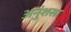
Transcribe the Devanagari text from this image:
अनुंशसा